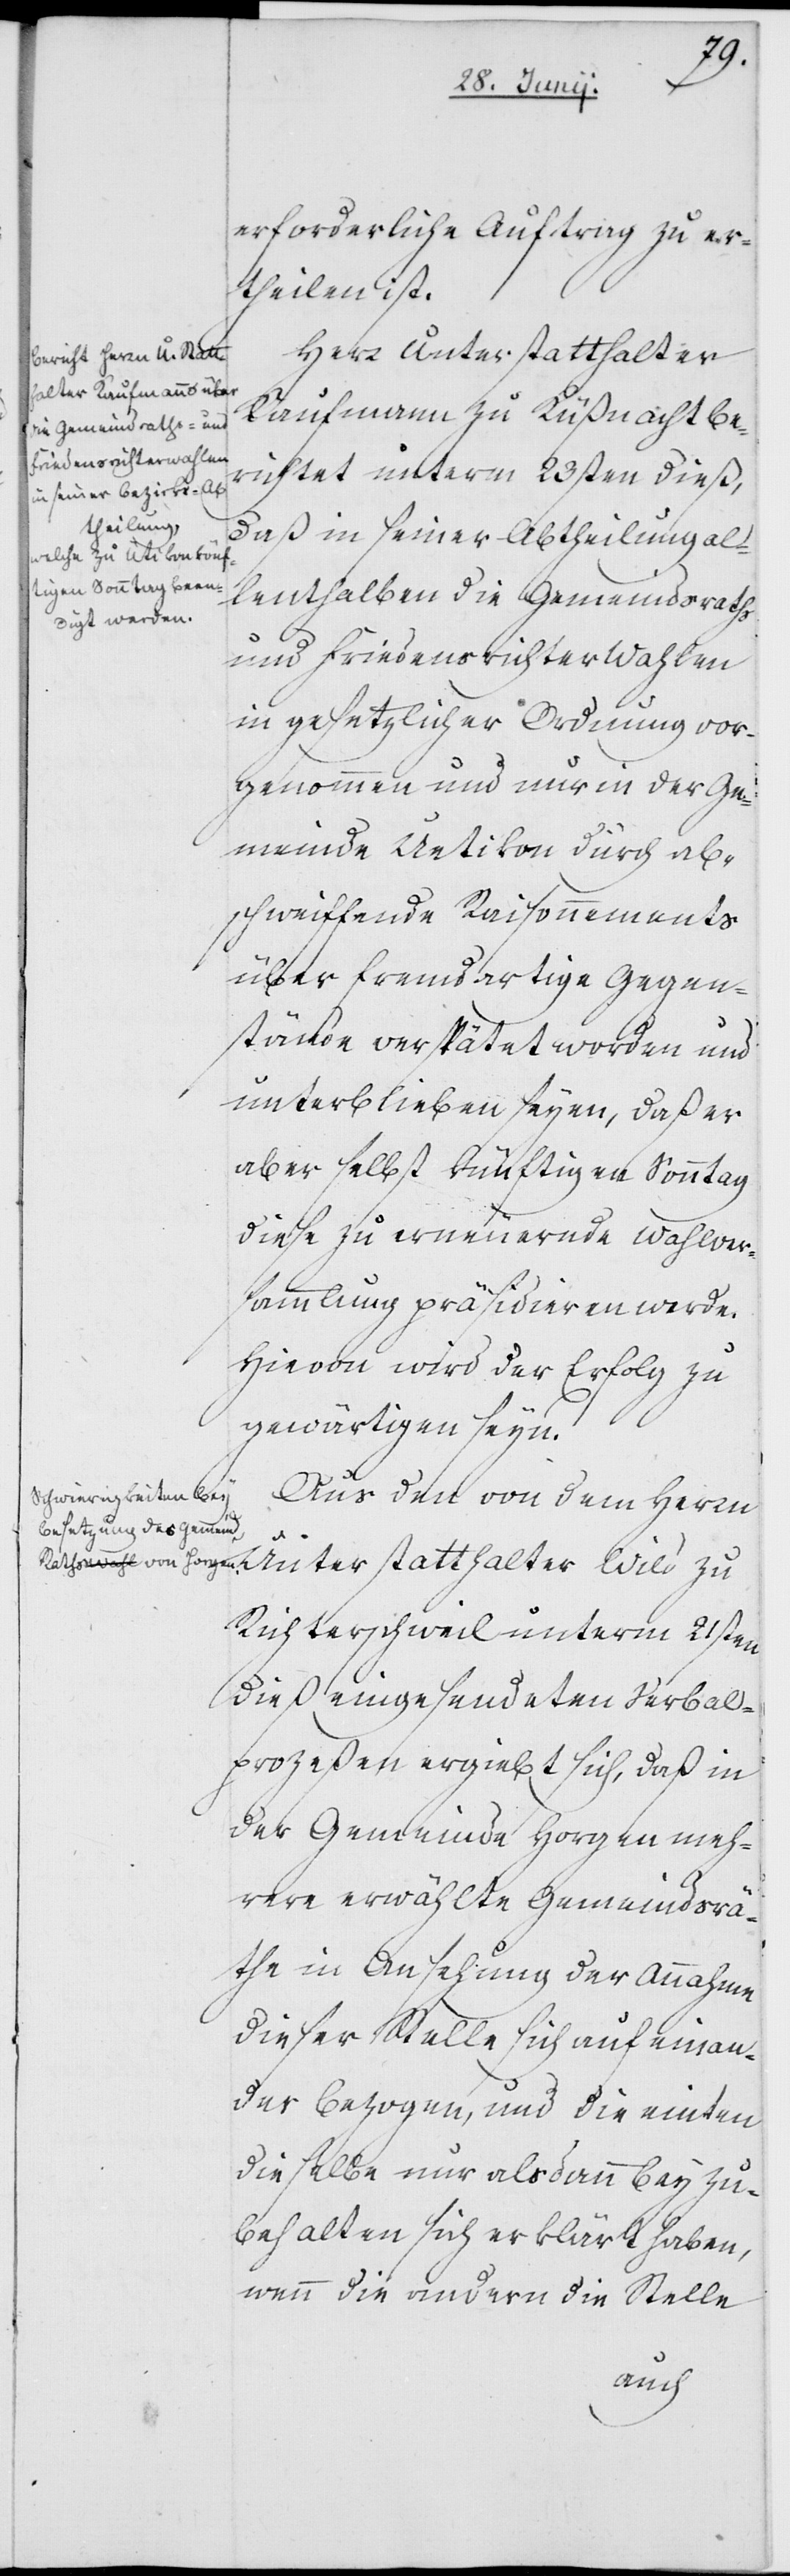
erforderliche Auftrag zu er¬
theilen ist.
Herr Unterstatthalter
Kaufmann zu Küßnacht be¬
richtet unterm 23sten dieß,
daß in seiner Abtheilung al¬
lenthalben die Gemeindsraths
und Friedensrichter Wahlen
in gesetzlicher Ordnung vor¬
genommen und nur in der Geme¬
abschweiffende Raisonnements
über fremdartige Gegen¬
stände verspätet worden und
unterblieben seyen, daß er
aber selbst künftigen Sonntag
diese zu erneuernde Wahlver¬
sammlung präsidiren werde.
Hievon wird der Erfolg zu
gewärtigen seyn.
inde
Aus den von dem Herrn Unterstatthalter Wild zu
Richterschweil unterm 21sten
dieß eingesendeten Verbal¬
prozeßen ergiebt sich, daß in
der Gemeinde Horgen meh¬
rere erwählte Gemeindsrä¬
the in Ansehung der Annahme
dieser Stelle sich auf einan¬
der bezogen, und die einten
dieselbe nur alsdann beyzu¬
behalten sich erklärt haben,
wenn die andern die Stelle
durch